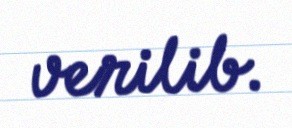
verilib.